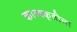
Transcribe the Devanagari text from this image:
काव्यकृतीला